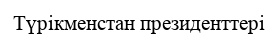
Түрікменстан президенттері